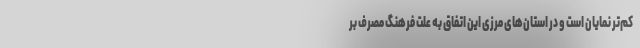
کم‌تر نمایان است و در استان‌های مرزی این اتفاق به علت فرهنگ مصرف بر